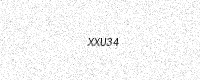
Text: XXU34